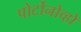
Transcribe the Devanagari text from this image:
पोर्टोनोव्हो